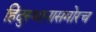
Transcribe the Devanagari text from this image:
हिंदुस्थानासमोरच